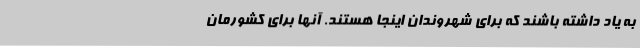
به یاد داشته باشند که برای شهروندان اینجا هستند. آنها برای کشورمان